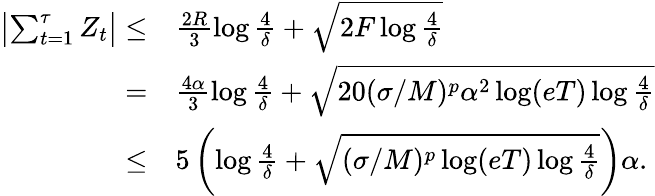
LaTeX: \begin{array}{rl}{\left|\sum_{t=1}^{\tau}Z_{t}\right|\leq}&{\frac{2R}{3}\log\frac{4}{\delta}+\sqrt{2F\log\frac{4}{\delta}}}\\ {=}&{\frac{4\alpha}{3}\log\frac{4}{\delta}+\sqrt{20(\sigma/M)^{p}\alpha^{2}\log(eT)\log\frac{4}{\delta}}}\\ {\leq}&{5\left(\log\frac{4}{\delta}+\sqrt{(\sigma/M)^{p}\log(eT)\log\frac{4}{\delta}}\right)\alpha.}\end{array}